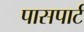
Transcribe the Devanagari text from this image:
पासपार्ट